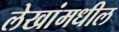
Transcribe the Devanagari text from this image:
लेखांमधील